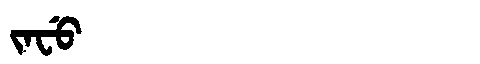
Manchu: ᠵᠠᠸᡠ
Romanization: JAFU